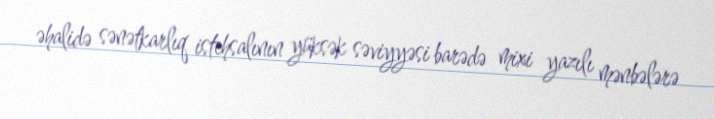
əhalidə sənətkarlıq istehsalının yüksək səviyyəsi barədə mixi yazılı mənbələrə